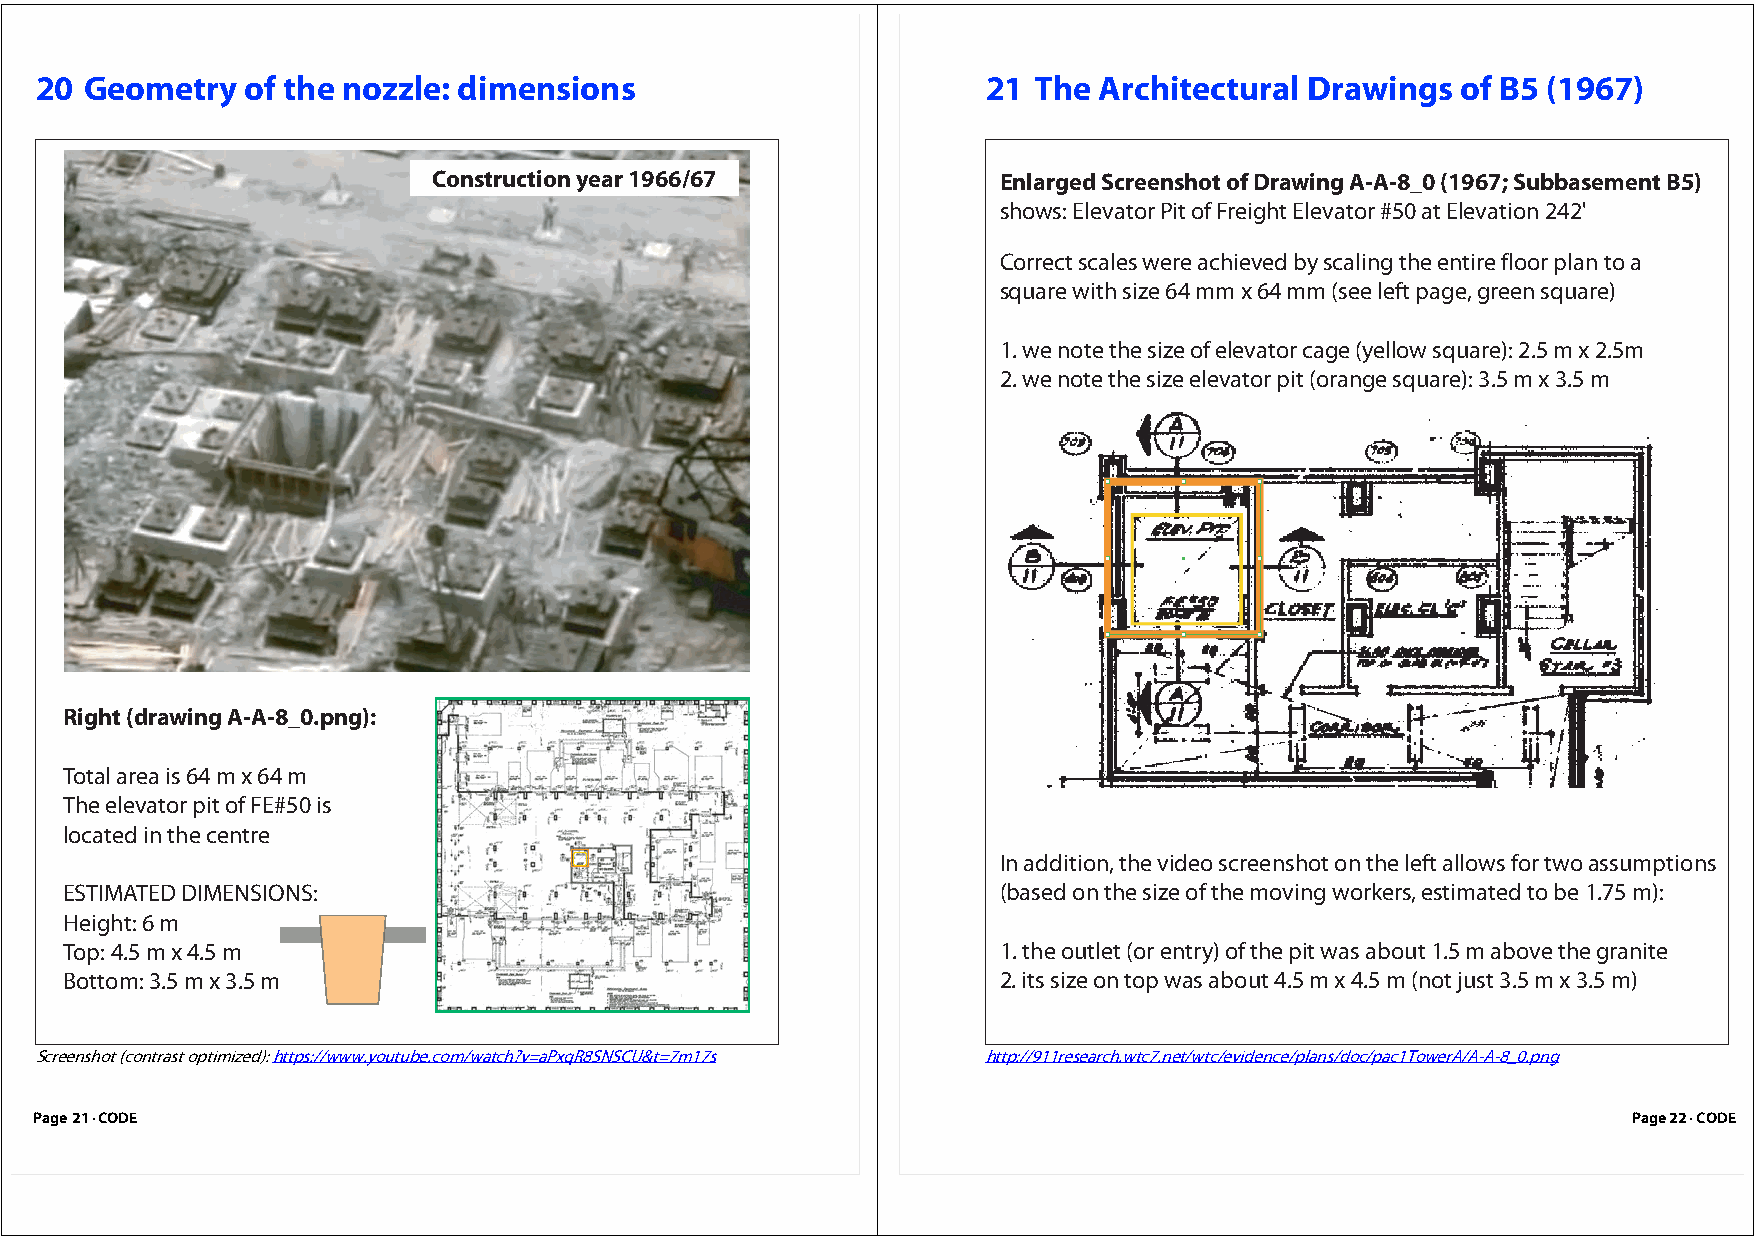
20  Geometry  of the nozzle: dimensions                        21 The  Architectural Drawings  of B5 (1967)
 Construction year 1966/67            Enlarged Screenshot of Drawing A-A-8_0 (1967; Subbasement B5)
 shows: Elevator Pit of Freight Elevator #50 at Elevation 242'
 Correct scales were achieved by scaling the entire floor plan to a
 square with size 64 mm x 64 mm (see left page, green square)
 1. we note the size of elevator cage (yellow square): 2.5 m x 2.5m
 2. we note the size elevator pit (orange square): 3.5 m x 3.5 m
 Right (drawing A-A-8_0.png):
 Total area is 64 m x 64 m
 The elevator pit of FE#50 is
 located in the centre
 In addition, the video screenshot on the left allows for two assumptions
 ESTIMATED DIMENSIONS:                                         (based on the size of the moving workers, estimated to be 1.75 m):
 Height: 6 m
 Top: 4.5 m x 4.5 m                                            1. the outlet (or entry) of the pit was about 1.5 m above the granite
 Bottom: 3.5 m x 3.5 m                                         2. its size on top was about 4.5 m x 4.5 m (not just 3.5 m x 3.5 m)
 Screenshot (contrast optimized): https://www.youtube.com/watch?v=aPxqR8SNSCU&t=7m17s http://911research.wtc7.net/wtc/evidence/plans/doc/pac1TowerA/A-A-8_0.png
 Page 21 · CODE                                                                                            Page 22 · CODE